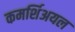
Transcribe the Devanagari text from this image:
कमर्शिअयल